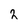
Character: 2